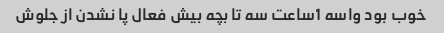
خوب بود واسه 1ساعت سه تا بچه بیش فعال پا نشدن از جلوش